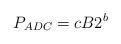
LaTeX: \begin{align*} P_{ADC} = cB2^b\end{align*}